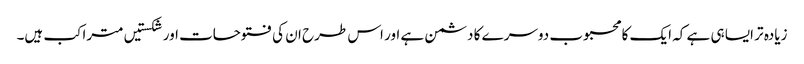
زیادہ تر ایسا ہی ہے کہ ایک کا محبوب دوسرے کا دشمن ہے اور اس طرح ان کی فتوحات اور شکستیں متراکب ہیں۔